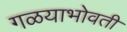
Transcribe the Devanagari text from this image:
गळयाभोवती